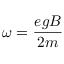
\omega = { \frac { e g B } { 2 m } }